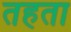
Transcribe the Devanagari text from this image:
तहता